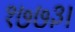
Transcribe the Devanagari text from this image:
१७७३।